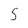
Character: 5